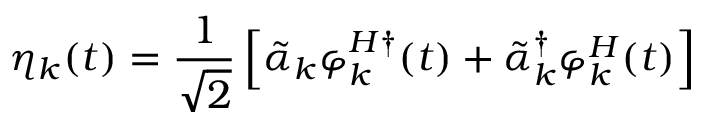
\eta _ { k } ( t ) = \frac { 1 } { \sqrt { 2 } } \left[ \tilde { \alpha } _ { k } \varphi _ { k } ^ { H \dagger } ( t ) + { \tilde { \alpha } } _ { k } ^ { \dagger } \varphi _ { k } ^ { H } ( t ) \right]